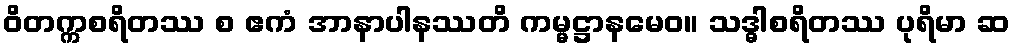
ဝိတက္ကစရိတဿ စ ဧကံ အာနာပါနဿတိ ကမ္မဋ္ဌာနမေဝ။ သဒ္ဓါစရိတဿ ပုရိမာ ဆ